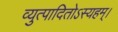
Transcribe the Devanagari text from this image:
व्युत्पादितोऽस्यहम्‌।